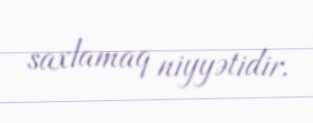
saxlamaq niyyətidir.